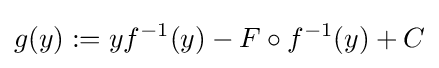
g(y):=yf^{-1}(y)-F\circ f^{-1}(y)+C